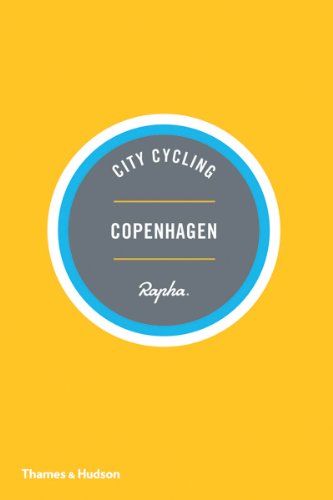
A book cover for City Cycling Copenhagen; Max Leonard; Travel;